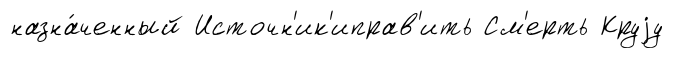
назна́ченный Источн'ик'иправ'ить См'ерть Круjу